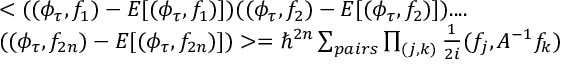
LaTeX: \begin{array} { l } { { < ( ( \phi _ { \tau } , f _ { 1 } ) - E [ ( \phi _ { \tau } , f _ { 1 } ) ] ) ( ( \phi _ { \tau } , f _ { 2 } ) - E [ ( \phi _ { \tau } , f _ { 2 } ) ] ) . . . . } } \\ { { ( ( \phi _ { \tau } , f _ { 2 n } ) - E [ ( \phi _ { \tau } , f _ { 2 n } ) ] ) > = \hbar ^ { 2 n } \sum _ { p a i r s } \prod _ { ( j , k ) } \frac { 1 } { 2 i } ( f _ { j } , { \cal A } ^ { - 1 } f _ { k } ) } } \end{array}